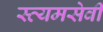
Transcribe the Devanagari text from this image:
स्व्यमसेवी